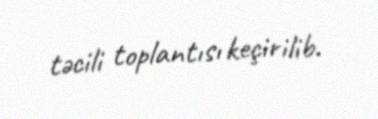
təcili toplantısı keçirilib.